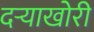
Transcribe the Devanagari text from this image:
दऱ्‍याखोरी